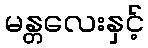
မန္တလေးနှင့်